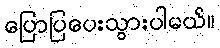
ပြောပြပေးသွားပါမယ်။